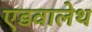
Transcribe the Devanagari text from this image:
एडवालेथ